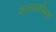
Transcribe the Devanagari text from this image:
कालसापेक्षच